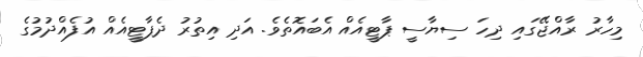
މިހާރު ރާއްޖޭގައި ދިހަ ސިޔާސީ ޕާޓީއެއް އެބައޮތެވެ. އަދި އިތުރު ދެޕާޓީއެއް އުފެއްދުމުގެ